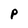
Character: P